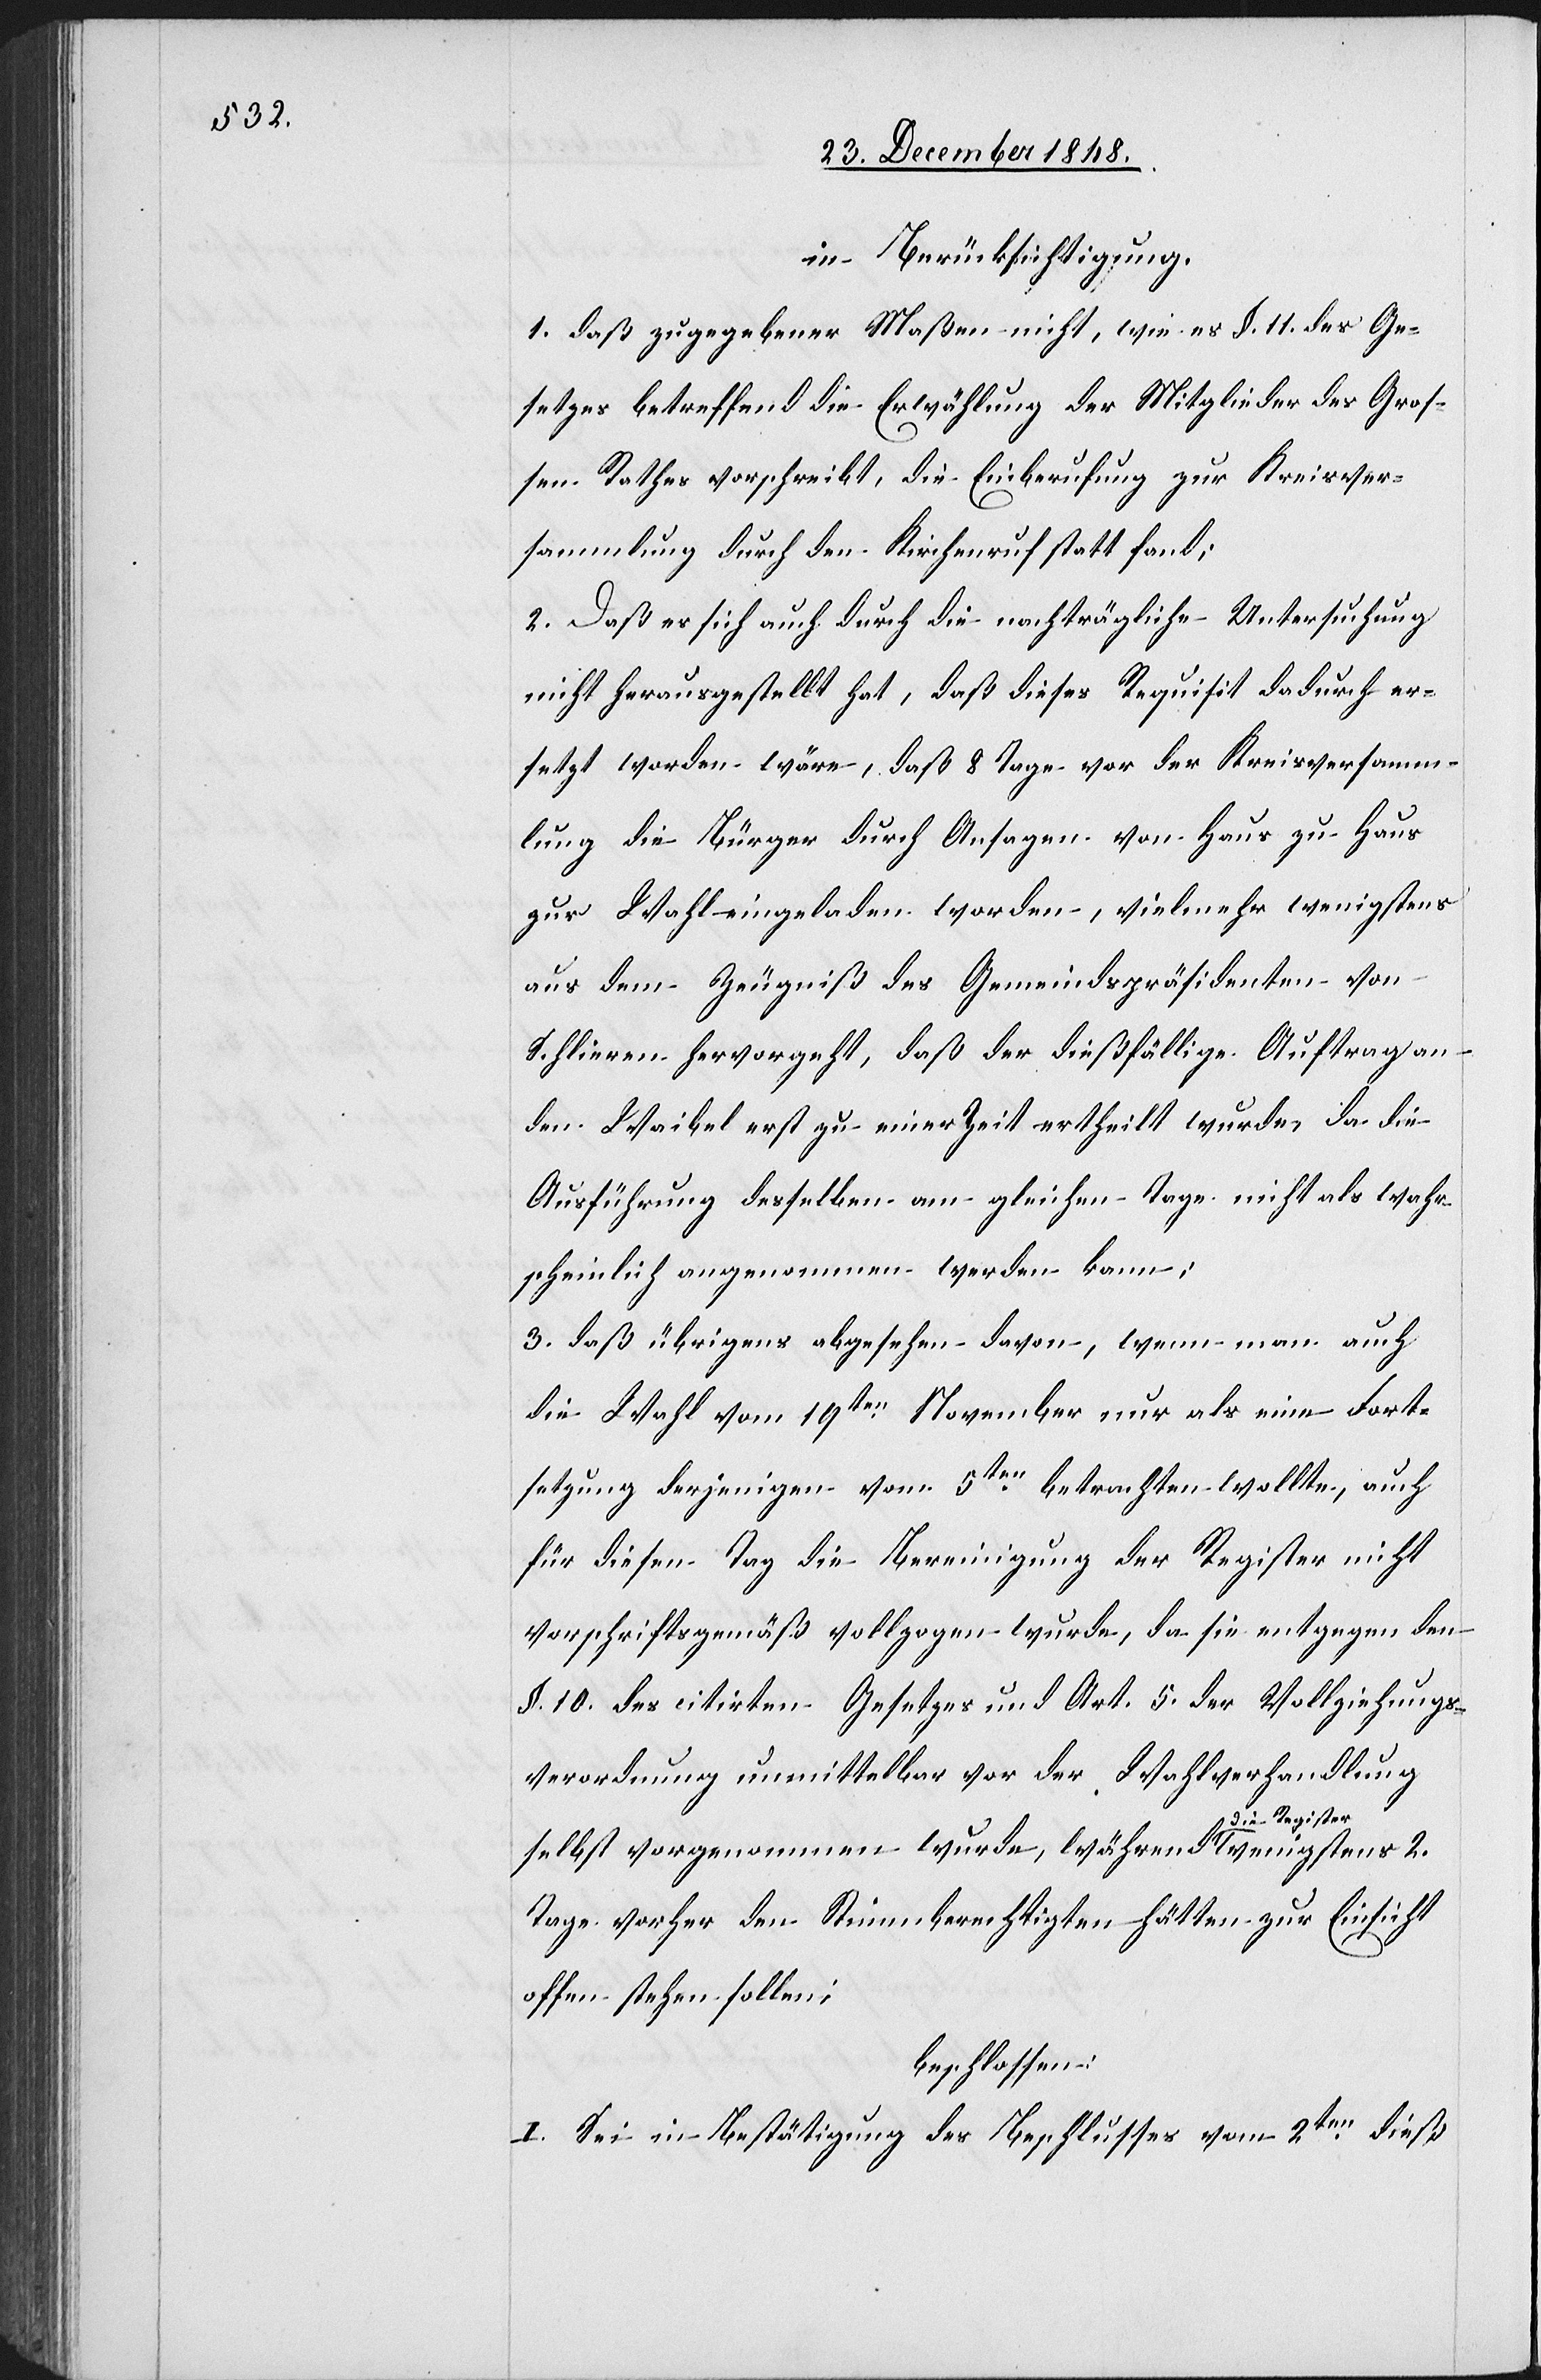
in Berücksichtigung
1. daß zugegebener Maßen nicht, wie es §. 11. des Ge¬
setzes betreffend die Erwählung der Mitglieder des Groß¬
en Rathes vorschreibt, die Einberufung zur Kreisver¬
sammlung durch den Kirchenruf statt fand;
2. Daß es sich auch durch die nachträgliche Untersuchung
nicht herausgestellt hat, daß dieses Requisit dadurch er¬
setzt worden wäre, daß 8 Tage vor der Kreisversamm¬
lung die Bürger durch Ansagen von Haus zu Haus
zur Wahl eingeladen worden, vielmehr wenigstens
aus dem Zeugniß des Gemeindspräsidenten von
Schlieren hervorgeht, daß der dießfällige Auftrag an
den Waibel erst zu einer Zeit ertheilt wurde, da die
Ausführung desselben am gleichen Tage nicht als wahr¬
scheinlich angenommen werden kann;
3. daß übrigens abgesehen davon, wenn man auch
die Wahl vom 19ten November nur als eine Fort¬
setzung derjenigen vom 5ten betrachten wollte, auch
für diesen Tag die Bereinigung der Register nicht
vorschriftsgemäß vollzogen wurde, da sie entgegen den
§. 10. des citirten Gesetzes und Art. 5. der Vollziehungs¬
verordnung unmittelbar vor der Wahlverhandlung
selbst vorgenommen wurde, während die Register wenigstens 2.
Tage vorher den Stimmberechtigten hätten zur Einsicht
offen stehen sollen;
beschlossen:
I. Sei in Bestätigung des Beschlusses vom 2ten dieß